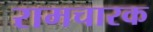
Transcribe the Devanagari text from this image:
रामचारक